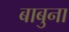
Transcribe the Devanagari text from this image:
बाबुना